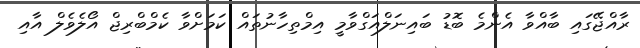
ރާއްޖޭގައި ބާއްވާ އެންމެ ބޮޑު ބައިނަލްއަގްވާމީ އިމްތިހާނުތައް ކަމަށްވާ ކެމްބްރިޖް އޯލެވެލް އާއި